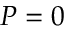
P = 0